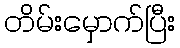
တိမ်းမှောက်ပြီး